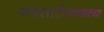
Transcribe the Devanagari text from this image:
नवसारीजवळच्या